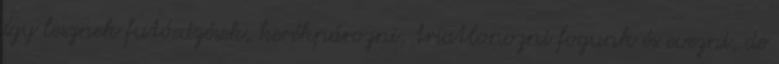
így lesznek futóedzések, kerékpározni, triatlonozni fogunk és evezni, de